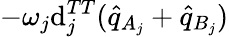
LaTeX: -\omega_{j}\mathrm{d}_{j}^{TT}(\hat{{q}}_{A_{j}}+\hat{{q}}_{B_{j}})